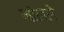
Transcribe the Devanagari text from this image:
मोलसे